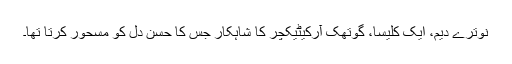
نوترے دیم، ایک کلیسا، گوتھک آرکیٹیکچر کا شاہکار جس کا حسن دل کو مسحور کرتا تھا۔